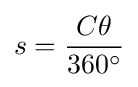
s={\frac {C\theta }{360^{\circ }}}